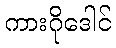
ကားဂိုဒေါင်